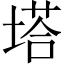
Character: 塔